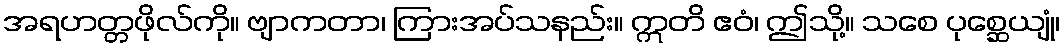
အရဟတ္တဖိုလ်ကို။ ဗျာကတာ၊ ကြားအပ်သနည်း။ ဣတိ ဧဝံ၊ ဤသို့။ သစေ ပုစ္ဆေယျုံ၊